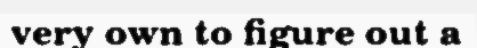
very own to figure out a